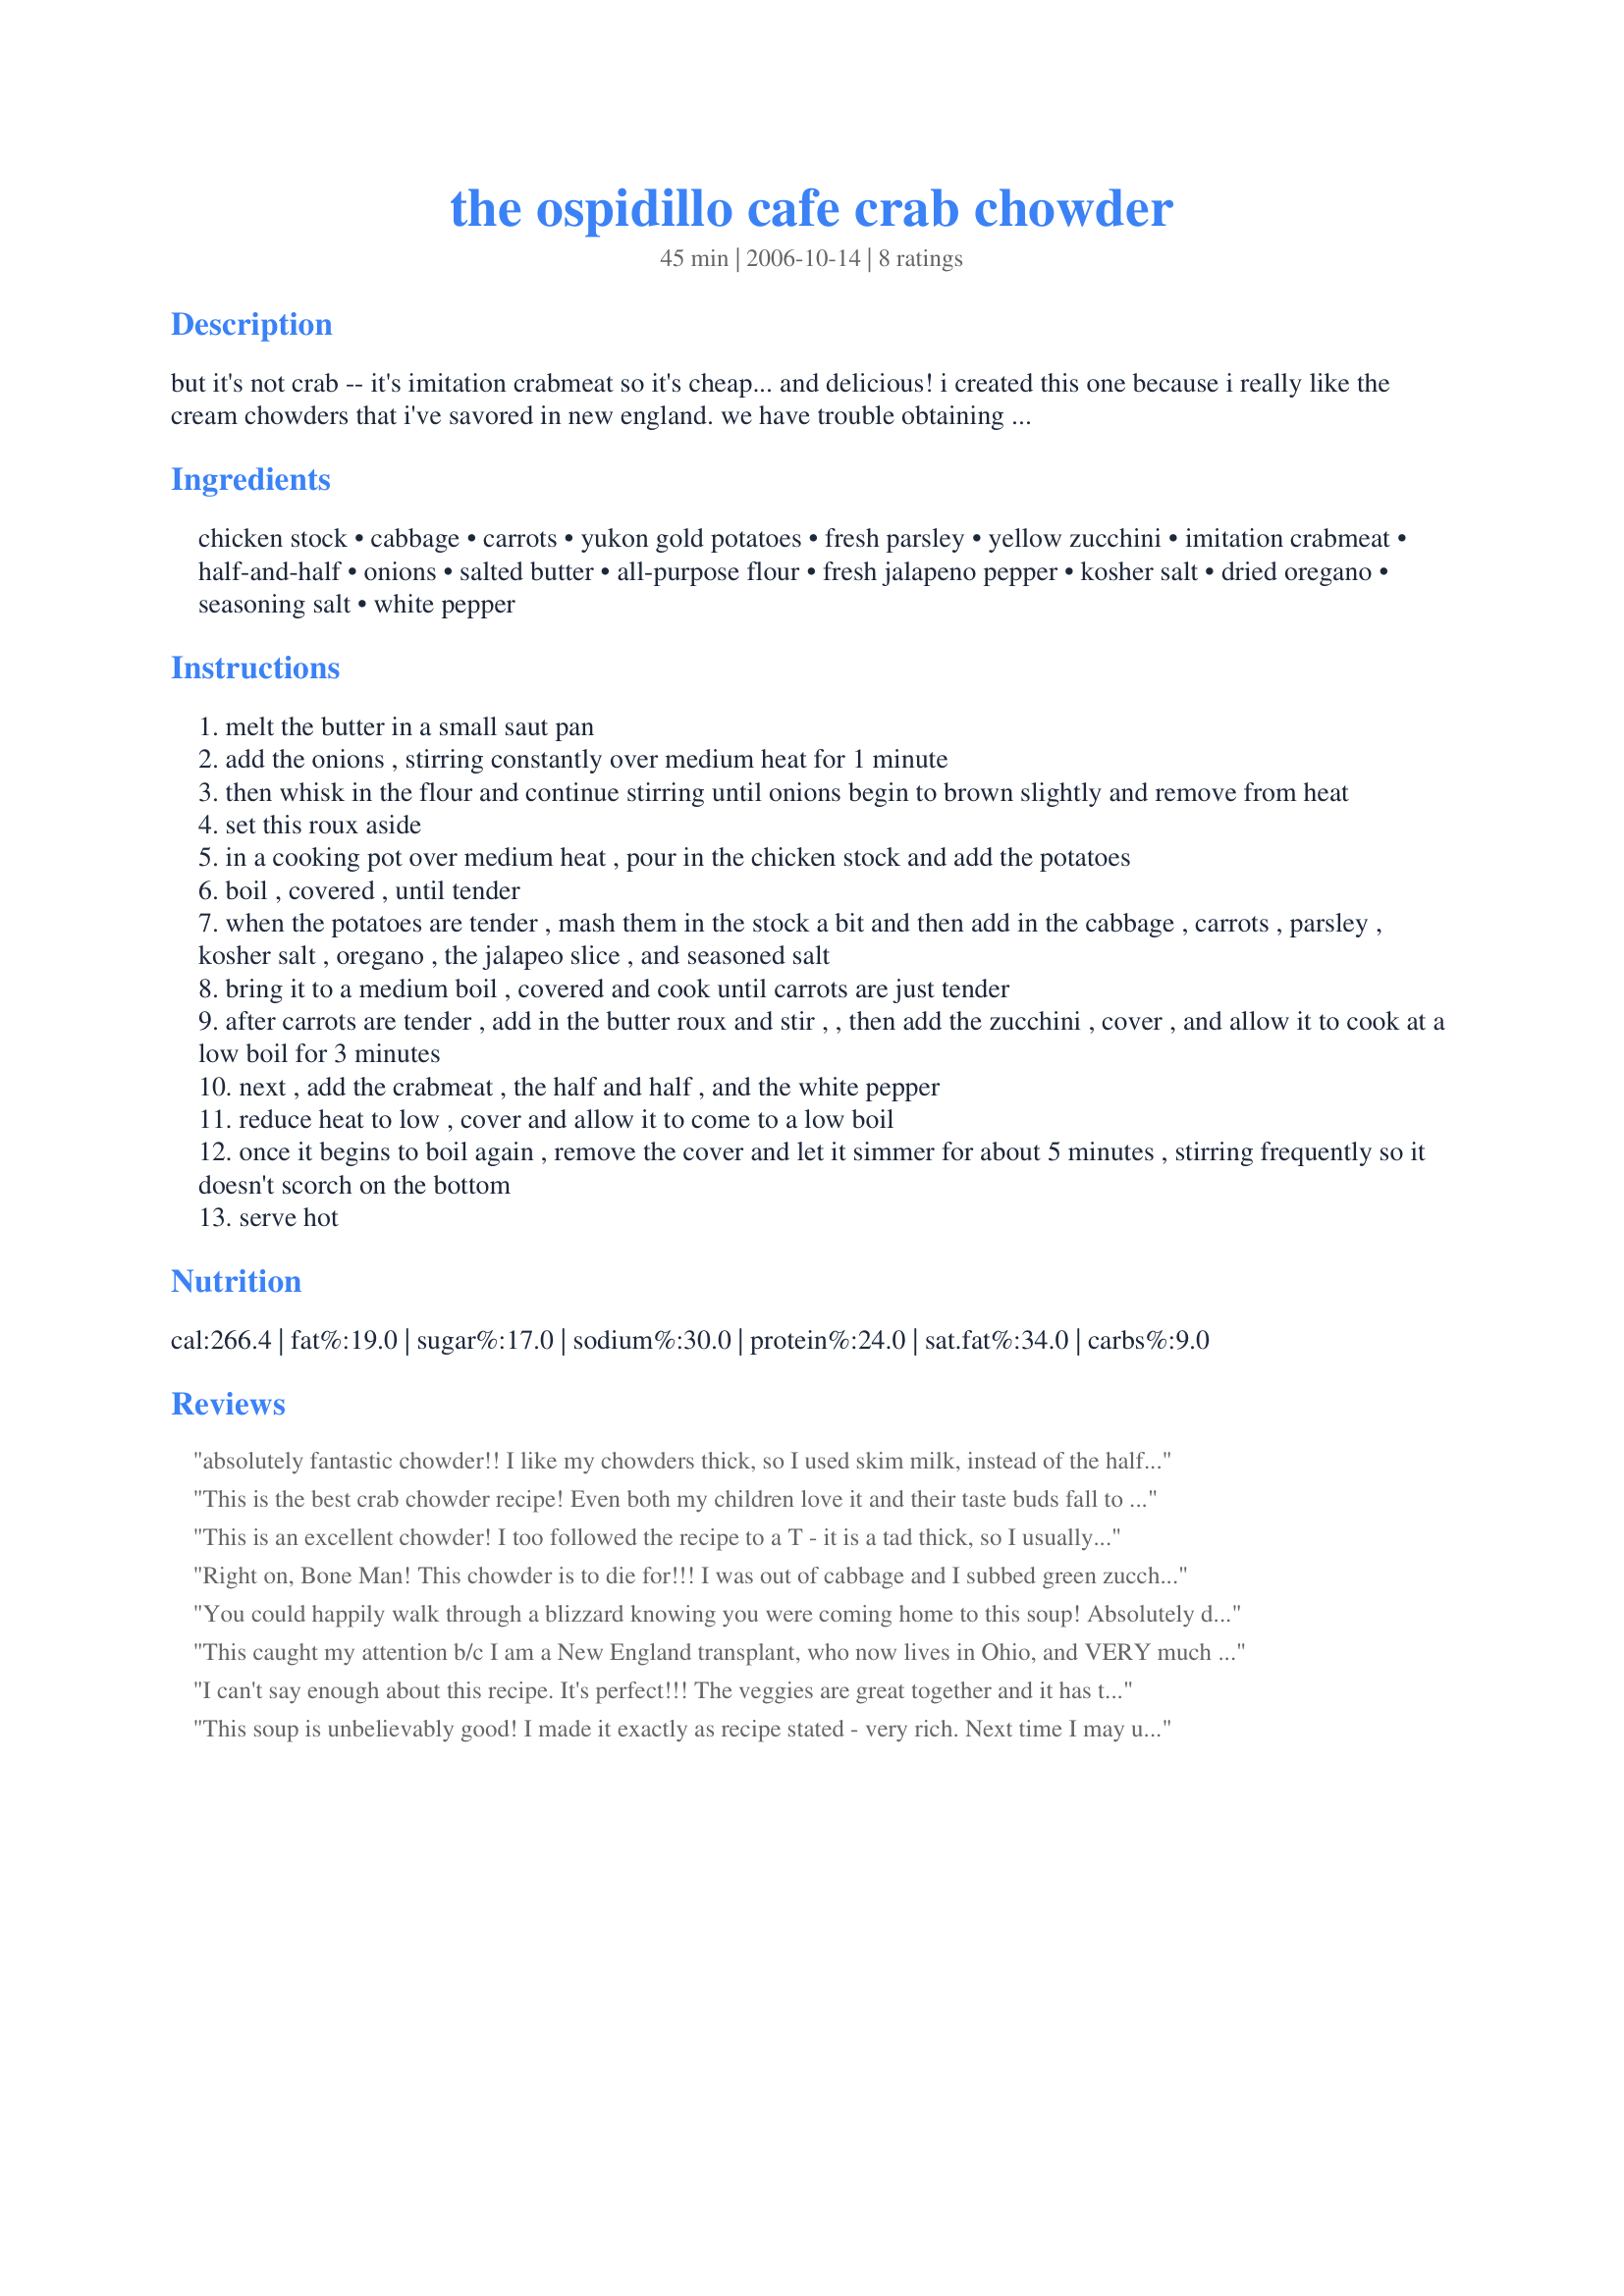
the ospidillo cafe crab chowder
Preparation time: 45 minutes

but it's not crab -- it's imitation crabmeat so it's cheap... and delicious! i created this one because i really like the cream chowders that i've savored in new england. we have trouble obtaining good seafood where i live here in southern ohio, so i decided to make due with what i could get. one thing that's always cheap and available around here is frozen imitation crabmeat. so i gave this a lot of thought, did some preliminary experimentation, and this dish was the ultimate result. i'm very happy with this recipe and i find it quite similar in flavor to a rich clam chowder. the idea of using local fresh and common vegetables worked out well for boosting the flavor too. while the veggies enhance the dish, make no mistake about it, this recipe definitely conveys the full ambiance of a seafood chowder. cooking and prep times are approximate. i hope you enjoy it as much as i do. big pat.

Ingredients:
chicken stock, cabbage, carrots, yukon gold potatoes, fresh parsley, yellow zucchini, imitation crabmeat, half-and-half, onions, salted butter, all-purpose flour, fresh jalapeno pepper, kosher salt, dried oregano, seasoning salt, white pepper

Steps:
melt the butter in a small saut pan
add the onions , stirring constantly over medium heat for 1 minute
then whisk in the flour and continue stirring until onions begin to brown slightly and remove from heat
set this roux aside
in a cooking pot over medium heat , pour in the chicken stock and add the potatoes
boil , covered , until tender
when the potatoes are tender , mash them in the stock a bit and then add in the cabbage , carrots , parsley , kosher salt , oregano , the jalapeo slice , and seasoned salt
bring it to a medium boil , covered and cook until carrots are just tender
after carrots are tender , add in the butter roux and stir , , then add the zucchini , cover , and allow it to cook at a low boil for 3 minutes
next , add the crabmeat , the half and half , and the white pepper
reduce heat to low , cover and allow it to come to a low boil
once it begins to boil again , remove the cover and let it simmer for about 5 minutes , stirring frequently so it doesn't scorch on the bottom
serve hot

Reviews:
absolutely fantastic chowder!! I like my chowders thick, so I used skim milk, instead of the half and half (to cut fat) and added some flour to thicken it. My only complaint is that I had a mess to clean up afterwards: my 14 month old son loved it so much that I finally just stopped trying to slow him down with a spoon and let him double fist it into his mouth. I also substituted 3 green zucchinis for the 1 yellow, and it was absolutely perfect, with plenty of leftovers. Thanks for the addition! This is going into permanent rotation!
This is the best crab chowder recipe! Even both my children love it and their taste buds fall to opposite ends of the spectrum when it comes to food. I was told by my teen not to alter anything when I made it a second time because it is perfect just like it is. However, I was out of zucchini and subbed some other green veggie, maybe broccoli, that I cannot remember the first time. This makes more than our family of 4 can eat at one setting, however the leftovers are just as delicious. My husband is not a fan of cabbage, but he claims this is the most delicious cabbage he&#039;s ever had. This recipe goes into the mix!
This is an excellent chowder! I too followed the recipe to a T - it is a tad thick, so I usually substitute either skim milk or evaporated milk for the 1/2 &amp; 1/2. Amazingly good &amp; great flavour. I just read other reviewers suggestion to add clams - so next time I&#039;ll throw a can in as well. A must try &amp; real keeper :-)
Right on, Bone Man! This chowder is to die for!!! I was out of cabbage and I subbed green zucchini for yellow, but otherwise made to recipe. Except I did throw in a can of chopped clams. I told everyone it was Clab Chowder!! I made this to take to our church Christmas Dinner and it almost didn't survive the night! I have demands to make it again, only adding shrimp next time as well!
You could happily walk through a blizzard knowing you were coming home to this soup! Absolutely delicious. I used evaporated milk in place of the half and half and tabasco for the jalapeno and everyone loves it!
This caught my attention b/c I am a New England transplant, who now lives in Ohio, and VERY much miss all the fresh seafood I used to enjoy while living in Maine for 20 years! Anyway, the dish was fantastic, thanks so much for posting!
I can't say enough about this recipe. It's perfect!!! The veggies are great together and it has the perfect amount of seasoning and spice. The white pepper adds a bit of spice and the jalapenos (I never de-seed) added the perfect amount of heat. I didn't need to add a thing which is very rare. I followed the recipe with the exception on using a green zucchini and reduced the recipe to 5 servings. I'm not sure if I'll be sharing the leftovers. Thanks so much for posting this. I love it.
This soup is unbelievably good! I made it exactly as recipe stated - very rich. Next time I may use only 1/2 of the half & half & 1/2 milk as the soup is very rich. (but good!) My family loves crab & does not like Imitation Crab, so I was somewhat reluctant to try, I am so glad I did because everyone really loved this soup. (even my Husband who 'thinks' he doesn't like cabbage). I am now looking up all Ospidillo Cafe recipes to see what other gems are out there. Thanks for a great soup recipe!
